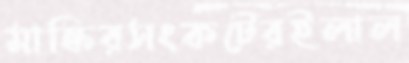
মাস্কিরসংকটেরইলাল